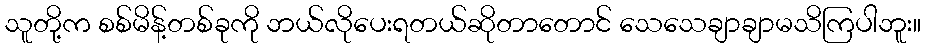
သူတို့က စစ်မိန့်တစ်ခုကို ဘယ်လိုပေးရတယ်ဆိုတာတောင် သေသေချာချာမသိကြပါဘူး။